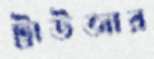
ট্রাউজার